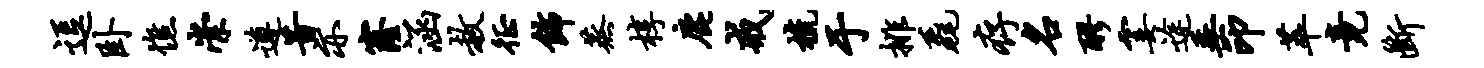
逗卧憔崇遵昔亦窿涵赦徵饰蒸椁鹿戒梳于排毳存名醪霎途垂印萃竟断